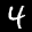
Label: 4